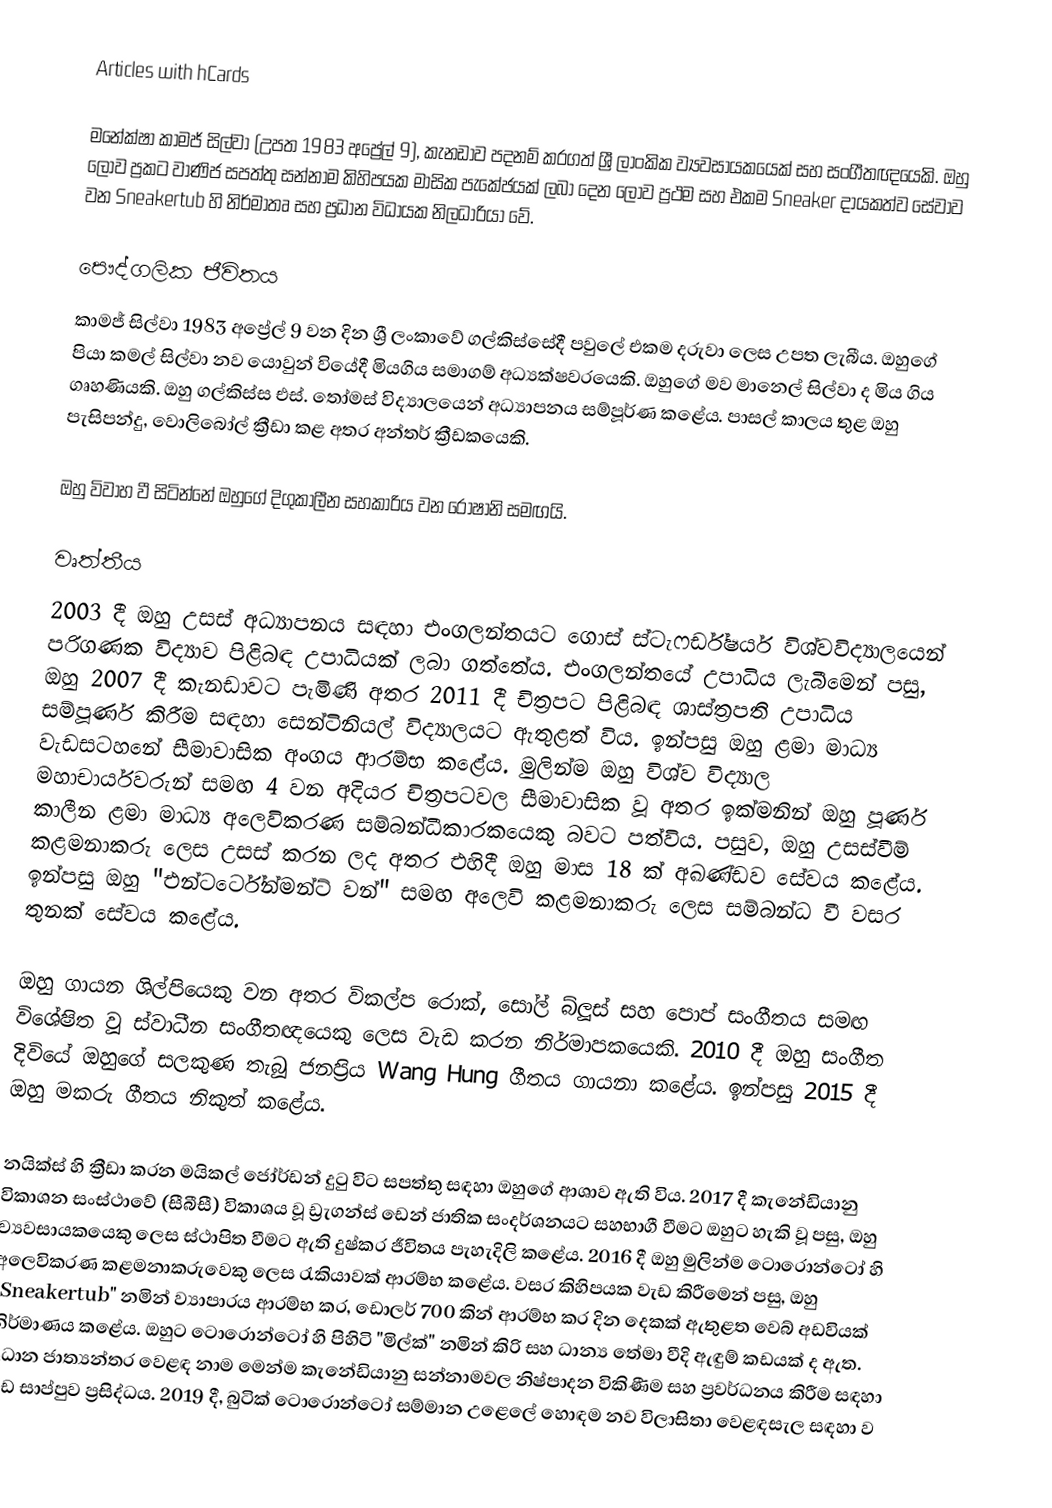
Articles with hCards

මනේක්ෂා කාමජ් සිල්වා (උපත 1983 අප්‍රේල් 9), කැනඩාව පදනම් කරගත් ශ්‍රී ලාංකික ව්‍යවසායකයෙක් සහ සංගීතඥයෙකි. ඔහු ලොව ප්‍රකට වාණිජ සපත්තු සන්නාම කිහිපයක මාසික පැකේජයක් ලබා දෙන ලොව ප්‍රථම සහ එකම Sneaker දායකත්ව සේවාව වන Sneakertub හි නිර්මාතෘ සහ ප්‍රධාන විධායක නිලධාරියා වේ.

පෞද්ගලික ජීවිතය
කාමජ් සිල්වා 1983 අප්‍රේල් 9 වන දින ශ්‍රී ලංකාවේ ගල්කිස්සේදී පවුලේ එකම දරුවා ලෙස උපත ලැබීය. ඔහුගේ පියා කමල් සිල්වා නව යොවුන් වියේදී මියගිය සමාගම් අධ්‍යක්ෂවරයෙකි. ඔහුගේ මව මානෙල් සිල්වා ද මිය ගිය ගෘහණියකි. ඔහු ගල්කිස්ස එස්. තෝමස් විද්‍යාලයෙන් අධ්‍යාපනය සම්පූර්ණ කළේය. පාසල් කාලය තුළ ඔහු පැසිපන්දු, වොලිබෝල් ක්‍රීඩා කළ අතර අන්තර් ක්‍රීඩකයෙකි.

ඔහු විවාහ වී සිටින්නේ ඔහුගේ දිගුකාලීන සහකාරිය වන රොෂානි සමඟයි.

වෘත්තීය
2003 දී ඔහු උසස් අධ්‍යාපනය සඳහා එංගලන්තයට ගොස් ස්ටැෆර්ඩ්ෂයර් විශ්වවිද්‍යාලයෙන් පරිගණක විද්‍යාව පිළිබඳ උපාධියක් ලබා ගත්තේය. එංගලන්තයේ උපාධිය ලැබීමෙන් පසු, ඔහු 2007 දී කැනඩාවට පැමිණි අතර 2011 දී චිත්‍රපට පිළිබඳ ශාස්ත්‍රපති උපාධිය සම්පූර්ණ කිරීම සඳහා සෙන්ටිනියල් විද්‍යාලයට ඇතුළත් විය. ඉන්පසු ඔහු ළමා මාධ්‍ය වැඩසටහනේ සීමාවාසික අංගය ආරම්භ කළේය. මුලින්ම ඔහු විශ්ව විද්‍යාල මහාචාර්යවරුන් සමඟ 4 වන අදියර චිත්‍රපටවල සීමාවාසික වූ අතර ඉක්මනින් ඔහු පූර්ණ කාලීන ළමා මාධ්‍ය අලෙවිකරණ සම්බන්ධීකාරකයෙකු බවට පත්විය. පසුව, ඔහු උසස්වීම් කළමනාකරු ලෙස උසස් කරන ලද අතර එහිදී ඔහු මාස 18 ක් අඛණ්ඩව සේවය කළේය. ඉන්පසු ඔහු "එන්ටර්ටේන්මන්ට් වන්" සමඟ අලෙවි කළමනාකරු ලෙස සම්බන්ධ වී වසර තුනක් සේවය කළේය.

ඔහු ගායන ශිල්පියෙකු වන අතර විකල්ප රොක්, සෝල් බ්ලූස් සහ පොප් සංගීතය සමඟ විශේෂිත වූ ස්වාධීන සංගීතඥයෙකු ලෙස වැඩ කරන නිර්මාපකයෙකි. 2010 දී ඔහු සංගීත දිවියේ ඔහුගේ සලකුණ තැබූ ජනප්‍රිය Wang Hung ගීතය ගායනා කළේය. ඉන්පසු 2015 දී ඔහු මකරු ගීතය නිකුත් කළේය.

නයික්ස් හි ක්‍රීඩා කරන මයිකල් ජෝර්ඩන් දුටු විට සපත්තු සඳහා ඔහුගේ ආශාව ඇති විය. 2017 දී කැනේඩියානු විකාශන සංස්ථාවේ (සීබීසී) විකාශය වූ ඩ්‍රැගන්ස් ඩෙන් ජාතික සංදර්ශනයට සහභාගී වීමට ඔහුට හැකි වූ පසු, ඔහු ව්‍යවසායකයෙකු ලෙස ස්ථාපිත වීමට ඇති දුෂ්කර ජීවිතය පැහැදිලි කළේය. 2016 දී ඔහු මුලින්ම ටොරොන්ටෝ හි අලෙවිකරණ කළමනාකරුවෙකු ලෙස රැකියාවක් ආරම්භ කළේය. වසර කිහිපයක වැඩ කිරීමෙන් පසු, ඔහු "Sneakertub" නමින් ව්‍යාපාරය ආරම්භ කර, ඩොලර් 700 කින් ආරම්භ කර දින දෙකක් ඇතුළත වෙබ් අඩවියක් නිර්මාණය කළේය. ඔහුට ටොරොන්ටෝ හි පිහිටි "මිල්ක්" නමින් කිරි සහ ධාන්‍ය තේමා වීදි ඇඳුම් කඩයක් ද ඇත. ප්‍රධාන ජාත්‍යන්තර වෙළඳ නාම මෙන්ම කැනේඩියානු සන්නාමවල නිෂ්පාදන විකිණීම සහ ප්‍රවර්ධනය කිරීම සඳහා කඩ සාප්පුව ප්‍රසිද්ධය. 2019 දී, බුටික් ටොරොන්ටෝ සම්මාන උළෙලේ හොඳම නව විලාසිතා වෙළඳසැල සඳහා ව